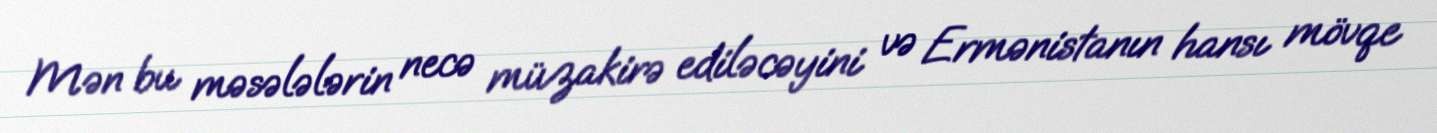
Mən bu məsələlərin necə müzakirə ediləcəyini və Ermənistanın hansı mövqe